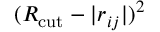
( R _ { \mathrm { c u t } } - | r _ { i j } | ) ^ { 2 }